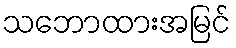
သဘောထားအမြင်